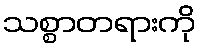
သစ္စာတရားကို